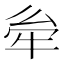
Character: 𤙋